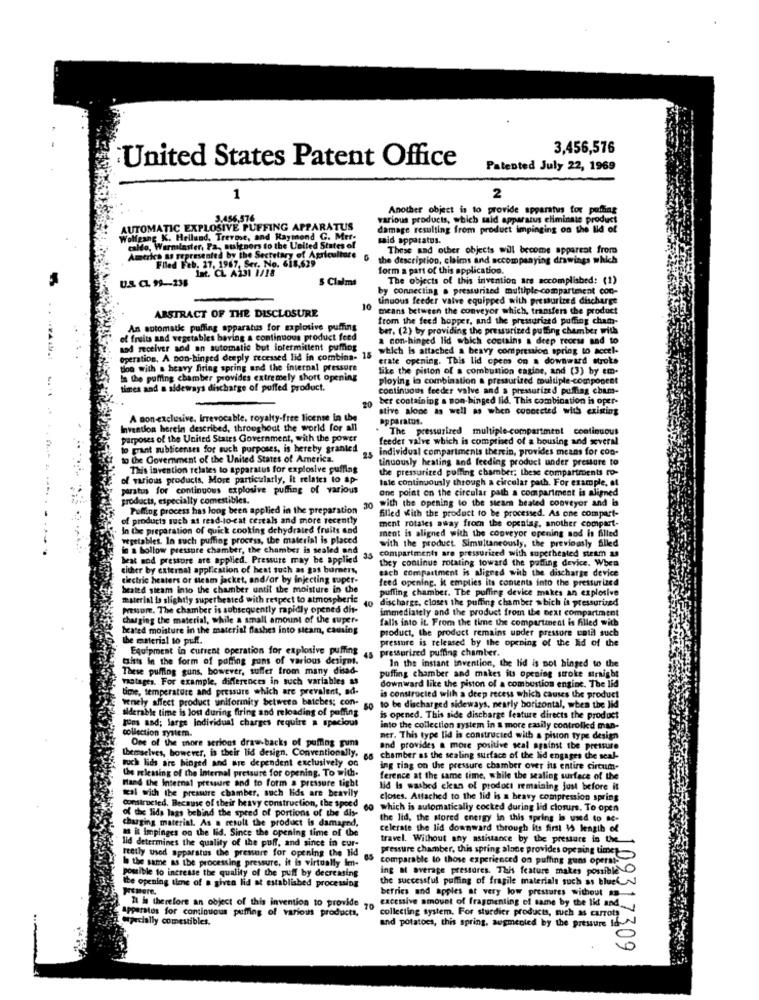
3,456,576
United States Patent Office
Patented July 22, 1969
1
2
Another object is to provide apparatus for polling
3.456,576
various products, which said apparatus eliminate product
AUTOMATIC EXPLOSIVE PUFFING APPARATUS
damage resulting from product impinging on the lid of
Wolfgang K. Hellund, Trevme, and Raymond G. Mer.
said apparatus.
caldo, Warminster, Fa, susigners to the United States of
These and other objects will become apparent from
America as represented by the Secretary of Agriculture
Flled Feb. 27, 1967, Ser. No. 618,629
the description, claims and accompanying drawings which
form a part of this application.
U.S. CL 99-238
5 Clalmt
The objects of this invention are accomplished: (1)
by connecting a pressurized multiple-compartment con-
tinuous feeder valve equipped with pressurized discharge
ABSTRACT OF THE DISCLOSURE
10
means between the conveyor which, transfers the product
from the feed hopper, and the pressurized puffing cham-
An automatic puffing apparatus for explosive puffing
ber, (2) by providing the pressurized puffing chamber with
of fruits and vegetables baving a continuous product feed
a non-hinged lid which contains a deep reocss sad to
od receiver and an automatic but intermittent puffing
which is attached a beavy compression spring to accel-
operation, A non-hinged deeply recessed lid in combina- 15
erate opening. This lid cpem on a downward stroke
too with a heavy firing spring and the internal pressure
like the piston of a combustion engine, and (3) by em-
in the puffing chamber provides extremely short opening
ploying lo combination a pressurized multiple-component
times and a sideways discharge of puffed product.
continuous feeder valve and a pressurized puffing cham-
20
ber containing a mon-hinged lid. This combination is oper-
stive alone as well as when connected with cxiging
A non-exclusive, Irrevocable, royalty-free license in the
apparatus.
Invention herein described, throughout the world for all
The pressurized multiple-compartment continuous
parposes of the United States Government, with the power
feeder valve which is comprised of a housing and several
o grant sublicenses for such purposes, is hereby granted
25
individual compartments therein, provides means for con-
to the Government of the United States of America.
tinuously heating and feeding product under pressure to
This invention relates to apparatus for explosive puffing
the pressurized puffing chamber; these compartments ro-
of various products, More particularly, it relates to ap-
tale continuously through a circular path. For example, of
paratus for continuous explosive puffing of various
one point on the circular path a compartment is aligned
products, especially comestibles.
with the opening to the steam beated conveyor and is
Puffing process has long been applied in the preparation
30
filled with the product to be processed. As one compart-
of products such as read-lo-cat cereals and more recently
ment rotales away froen the opentag, another compart-
In the preparation of quick cooking dehydrated fruits and
wpetables. In such puffing process, the material is placed
ment is aligned with the conveyor opening and is filled
in a bollow pressure chamber, the chamber is sealed and
with the product. Simultaneously, the previously filled
compartments are pressurized with superheated steam as
beat sod pressure are applied. Pressure may be applied 3
they continue rotating toward the puffing device. When
either by external application of heat such as gas burners,
each compartment is aligned with the discharge device
ciectric heaters or steam jacket, and/or by injecting super-
feed opening. it emplies its contents into the pressurized
beated steam into the chamber until the moisture in the
puffing chamber. The puffing device makes an explosive
material is slightly superbested with respect to atmospheric
40
discharge, closes the puffing chamber which is pressurized
pressure. The chamber is subsequently rapidly opened dit-
immediately and the product from the next compartment
charging the material, while a small amount of the super-
falls into it. From the time the compartiment is filled with
beated moisture in the material flashes into sieam, causing
product, the product remains under pressore until such
the material to puff.
pressure is released by the opening of the Kid of the
Equipment in current operation for explosive puffing
pressurized puffing chamber.
titts in the form of poffing guns of various designt.
45
In the instant invention, the lid is not hinged to the
These puffing guns, however, suffer from many disad-
matages. For example, differences in such variables as
puffing chamber and makes its opening stroke straight
time, temperature and pressure which are prevalent, ad-
downward like the piston of a combustion engine. The lid
venely affect product uniformity between batches; con-
is constructed with a deep recess which causes the product
alderable time is los during firing and meloading of poffing
go to be discharged sideways, nearly horizontal, when the lid
tons and; large Individual charges require a spacious
is opened. This side discharge feature directs the product
into the collection system in a more easily controlkd man-
collection system.
One of the more serious draw backs of puffing gum
ner. This type lid is constructed with a piston type design
themselves, however, is their lid design, Conventionally,
and provides a more positive scal against the pressure
66 chamber as the sealing surface of the lid engages the seal-
toch lids are hinged and are dependent exclusively OG
ing ring on the pressure chamber over his entire circum-
the relessing of the internal pressure for opening. To with.
ference at the same time, while the sealing surface of the
Hand the Internal pressure and to form a pressure tight
kal with the pressure chamber, such lids are beavily
lid is washed ekan of product remaining just before it
Constructed. Because of their heavy construction, the speed
closes. Attached to the lid is a heavy compression spring
of the lids lags behind the speed of portions of the dis-
which is automatically cocked during lid closure. To open
charging material. As a result the product is damaged,
the lid, the stored energy in this spring is used to a-
. it impinges on the lid. Since the opening time of the
celerate the lid downward through its first 15 Jengib of
lid determines the quality of the puff, and since in cur-
travel. Without any assistance by the pressure in the
Pretly used apparatus the pressure for opening the lid
pressure chamber, this spring alone provides opening time>
In the same as the processing pressure, it is virtually im-
comparable to those experienced on puffing guns operat-
possible to increase the quality of the puff by decreasing
ing at average pressores. This feature makes possible.
Ite opening time of a given lid at established processing
the successful puffing of fragile materials such as blue _~
berries and apples at very low pressures without -
Il h therefore an object of this invention to provide
excessive amount of fragmenting of same by the lid and
apparatus for continuous puffing of various products,
70
collecting system. For sturdier products, such as carrots
specially comestibles.
and potatoes, this spring, augmented by the pressure Id-
09317309